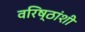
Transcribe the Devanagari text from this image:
वरिष्ठांशी